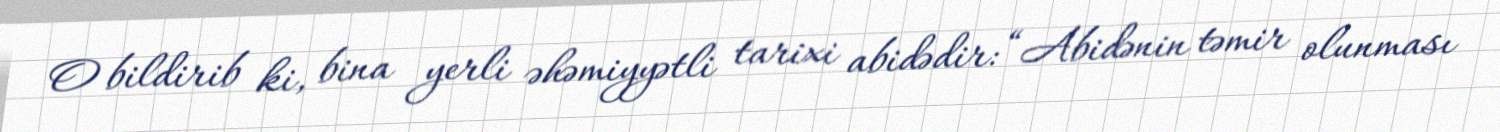
O bildirib ki, bina yerli əhəmiyyətli tarixi abidədir: “Abidənin təmir olunması